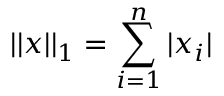
\vert \vert x \vert \vert _ { 1 } = \sum _ { i = 1 } ^ { n } \vert x _ { i } \vert